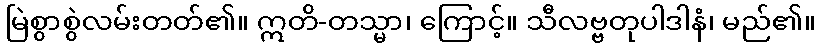
မြဲစွာစွဲလမ်းတတ်၏။ ဣတိ-တသ္မာ၊ ကြောင့်။ သီလဗ္ဗတုပါဒါနံ၊ မည်၏။